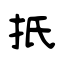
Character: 扺